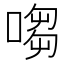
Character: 㗙